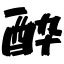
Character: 酔